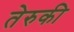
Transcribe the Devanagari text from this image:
तेरुकी